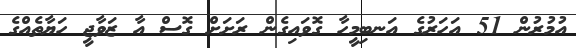
އުމުރުން 51 އަހަރުގެ އަނބިމީހާ ގޮވައިގެން ރަށަށް ގޮސް އާ ޒަވާޖީ ހަޔާތެއްގެ